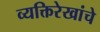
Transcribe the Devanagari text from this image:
व्यक्तिरेखांचे